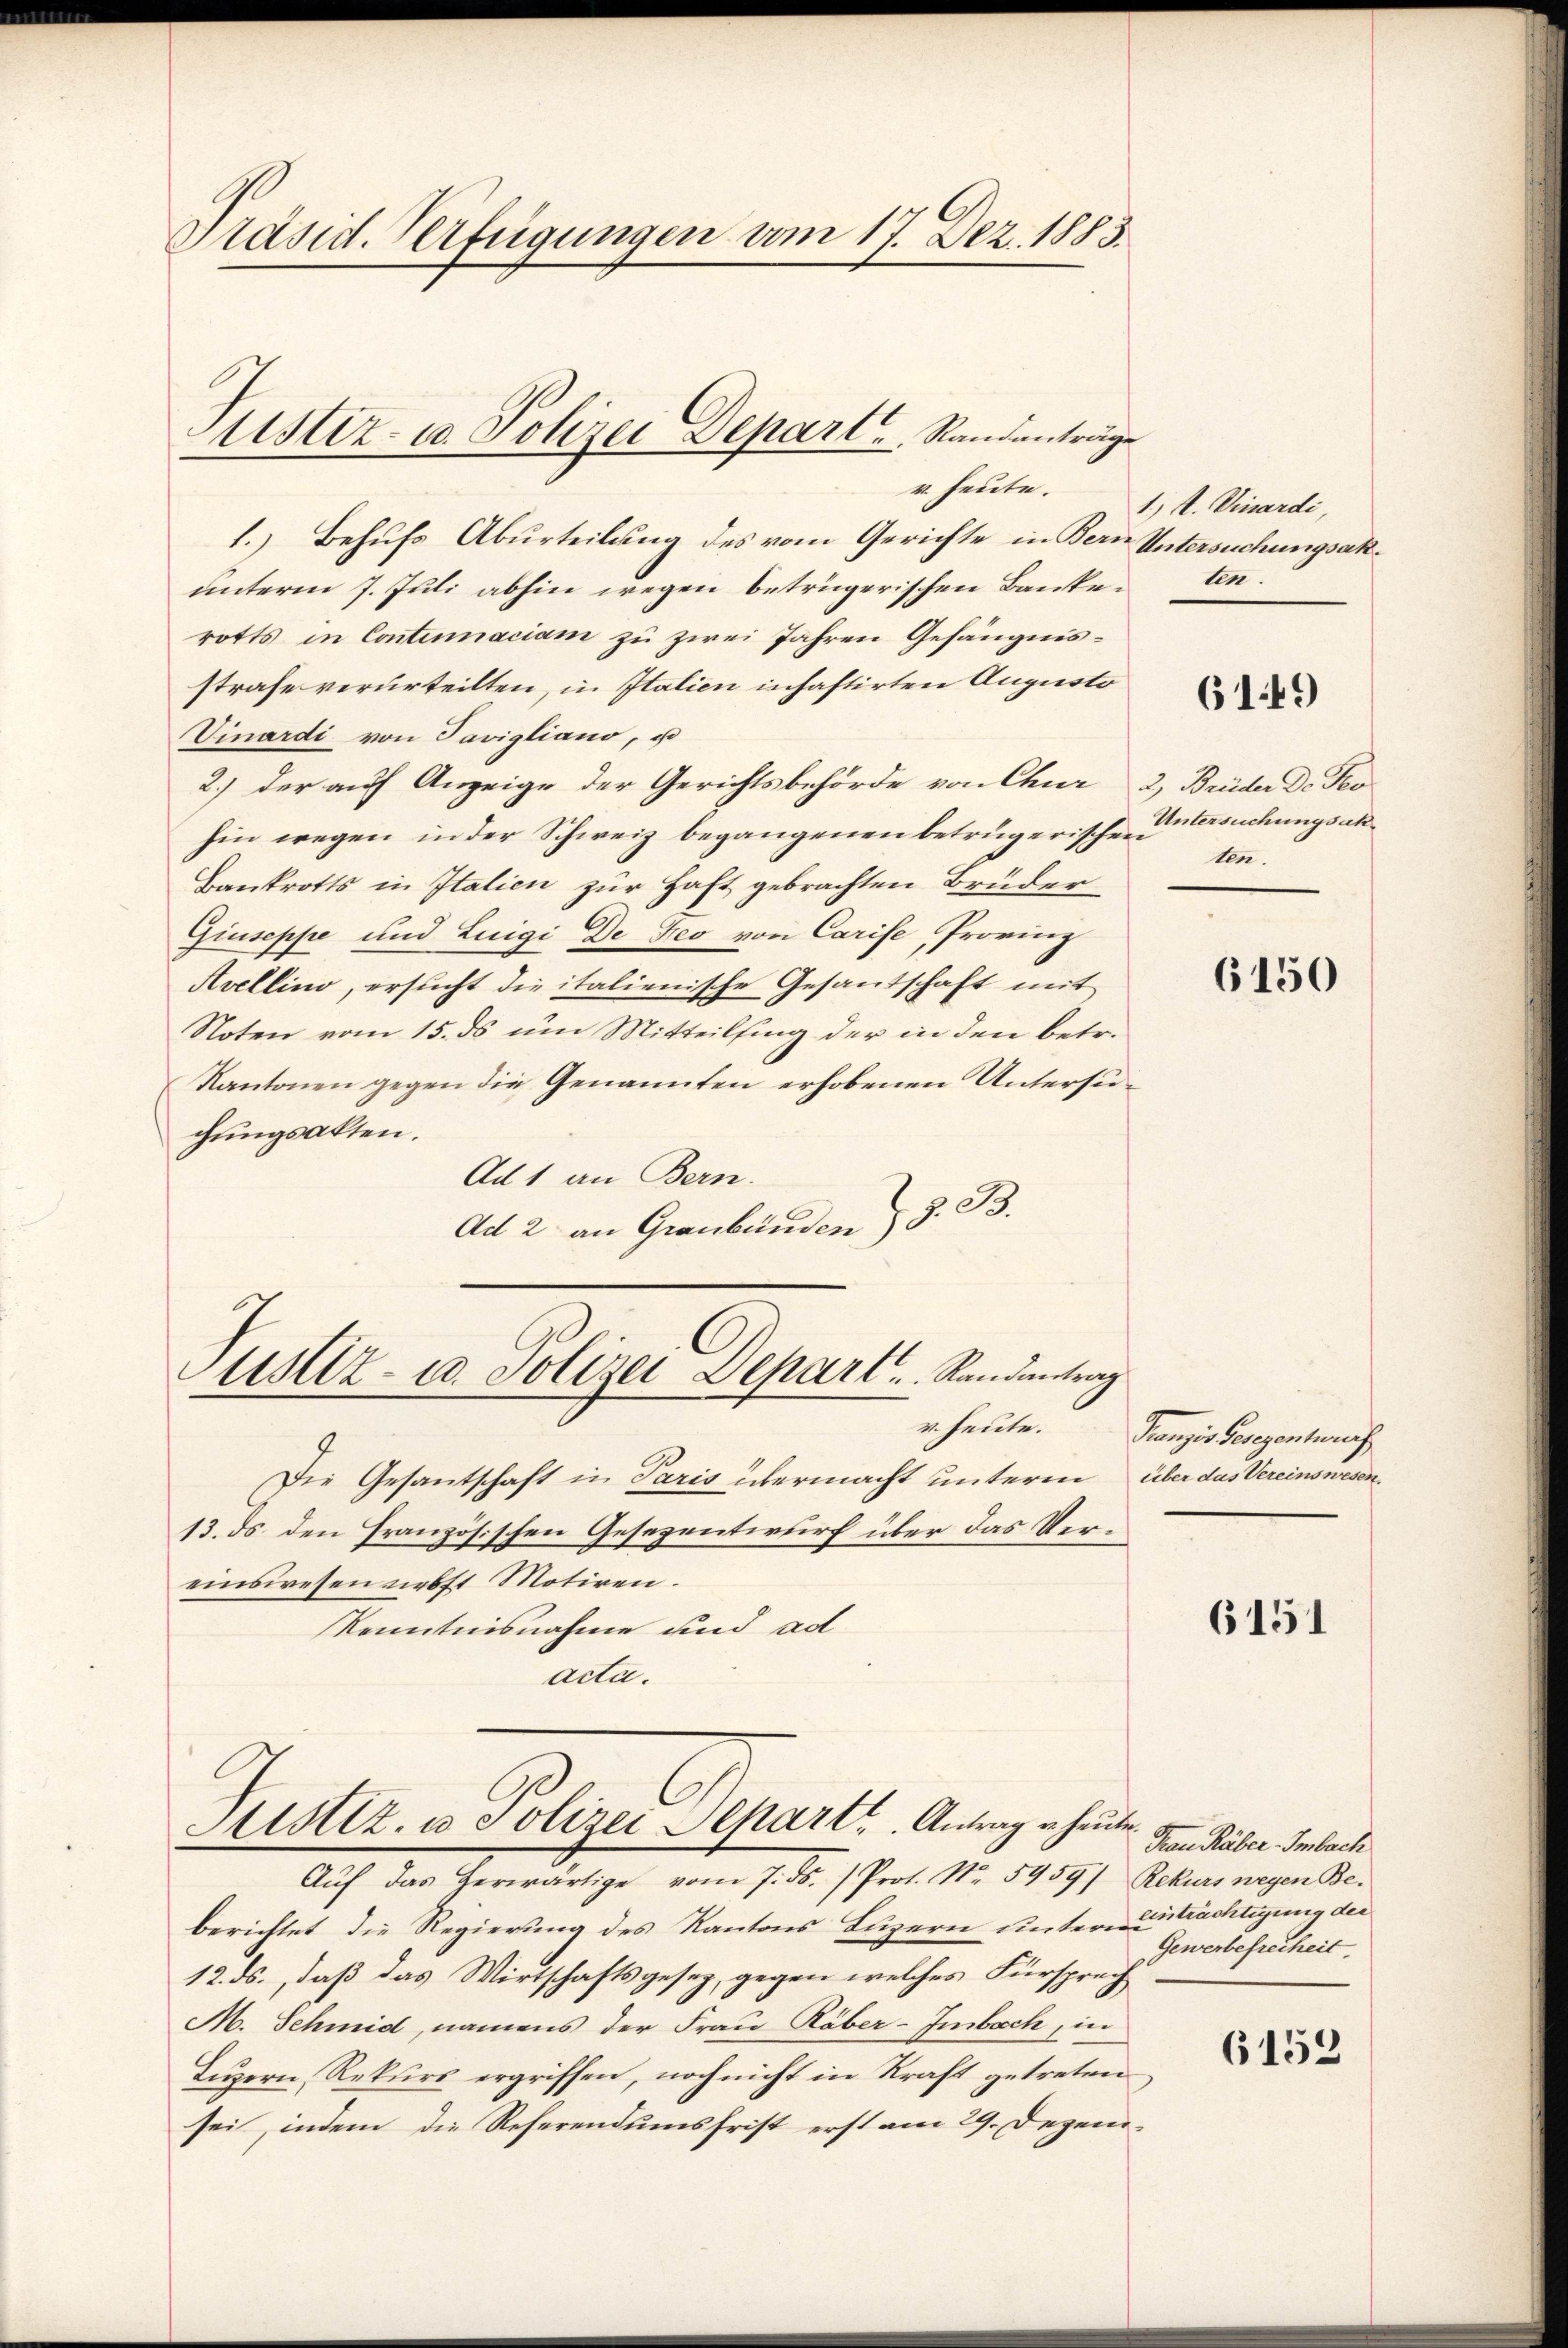
Präsid. Verfügungen vom 17. Dez. 1883.

1.) Behufs Aburteilung des vom Gerichte in Bern Untersuchungsakunterm 7. Juli abhin wegen betrügerischen Bankerotts in Continaciam zu zwei Jahren Gefängnisstrafe verurteilten, in Italien inhaftirten Augusto
Vinardi von Pavigliano, u
2.) der auf Anzeige der Gerichtsbehörde von Chur 2, Brüder de Tes
hin wegen in der Schweiz begangenen betrügerische Untersuchungsan¬
Bankrotts in Italien zur Haft gebrachten Bruder
Giuseppe und Luigi De Feo von Carise, Provinz
Avellino, ersucht die italienische Gesantschaft mit
Noten vom 15. ds um Mitteilfing der in den betr.
Kantonen gegen die Genannten erhobenen Untersuchungsakten.
Ad 1 an Bern.
Ad 2. an Graubünden 8. B.

Justiz- u. Polizei Depart Randanträge

Justiz- u. Polizei Depart.   Randantrag
v heute.

Die Gesantschaft in Paris übermacht unterm über das Vereinswesen¬
13. ds. den Französischen Gesezentwurf über das Vereinswesen nebst Motiren.
Kenntnisnahme und ad
acta.
Justiz- u. Polizei Separt. Antrag u. heute.
Aŭf das herwärtige vom 7. ds. / Prot. Nr. 5459) Rekurs wegen Beberichtet, die Regierung des Kantons Luzern unterm 2. Trächtigung der
12. ds., daß das Wirtschaftsgesez, gegen welches Fürsprech
M. Schmid, namens der Frau Räber-Imbach, in
Luzern, Rekurs ergriffen, noch nicht in Kraft getreten
sei, indem die Referendumsfrist erst am 29. Dezem¬

r. heute. 1). Vinardi,
ten.

6149

ten.

6150

Ganzes Gesezentrach

6151

Frau Räber Imbach
Gewerbefreiheit.

6152